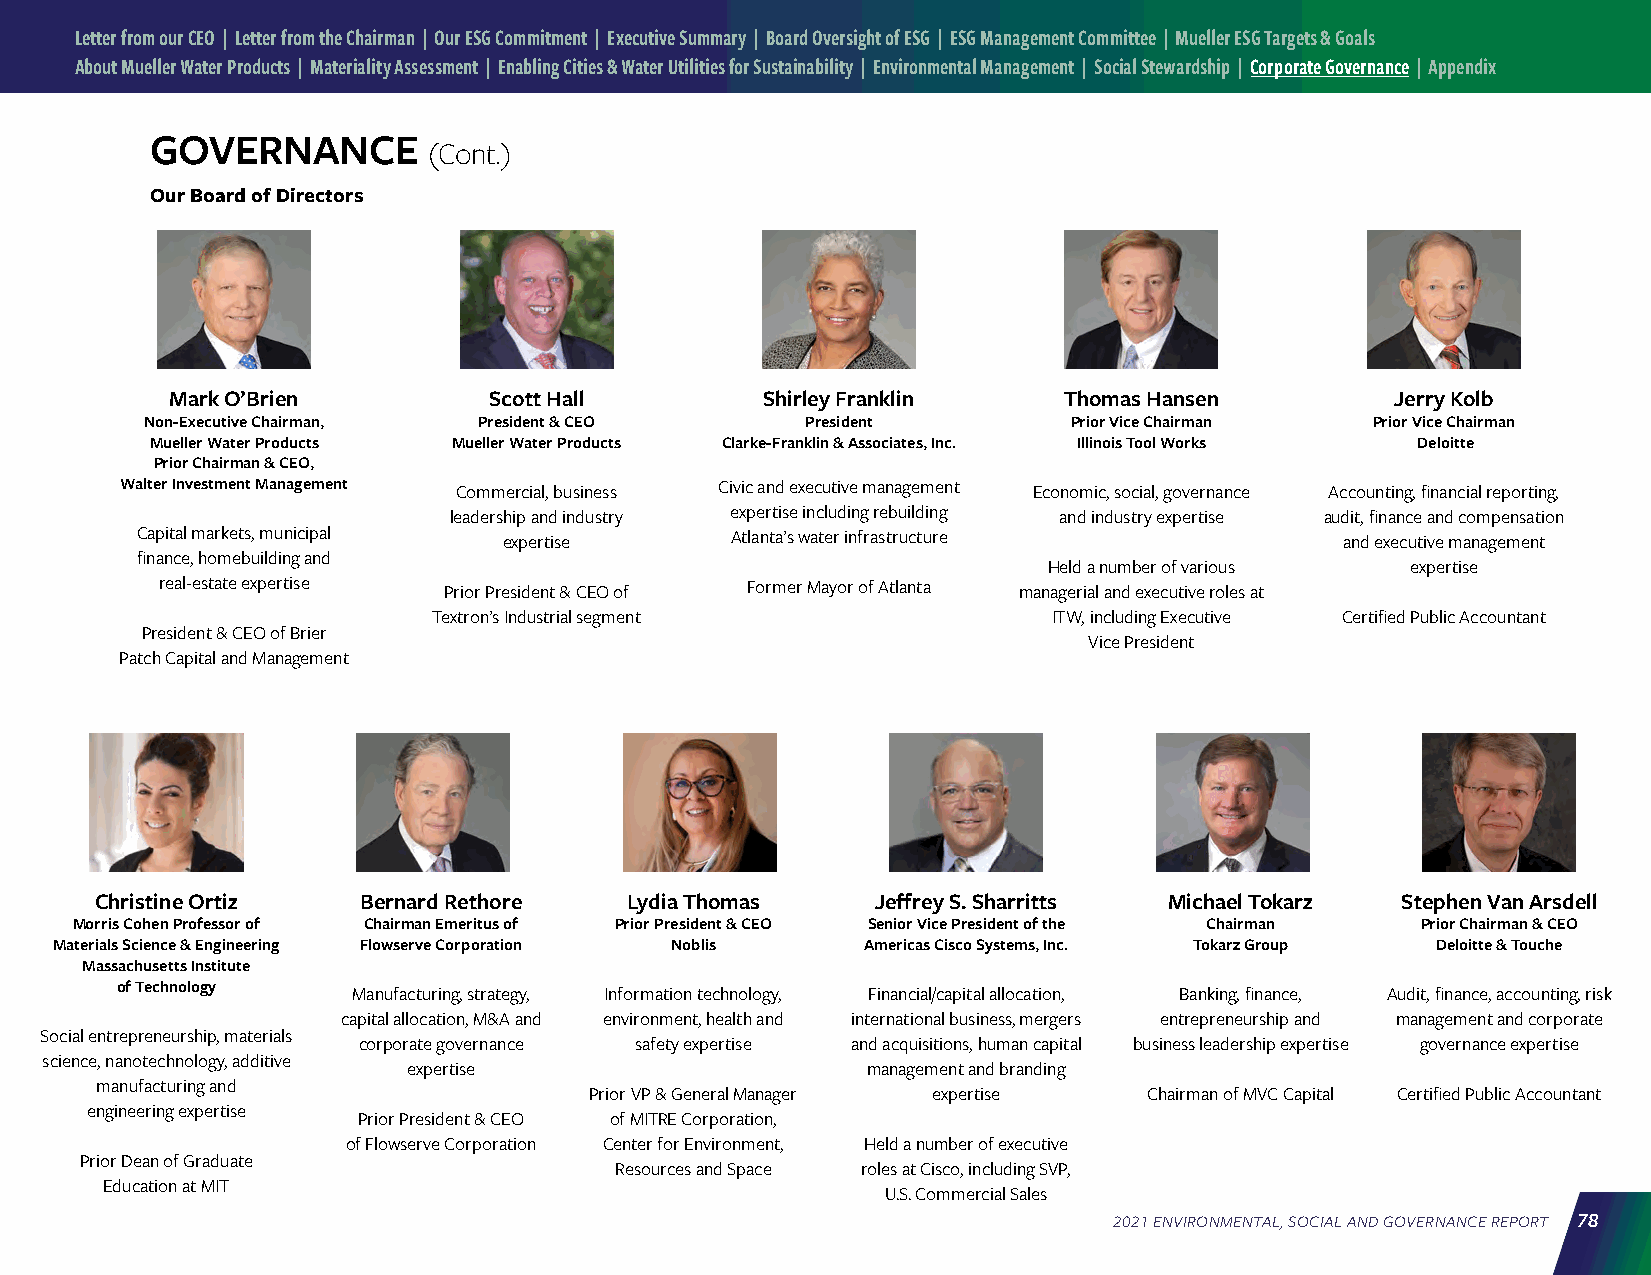
Letter from our CEO | Letter from the Chairman | Our ESG Commitment | Executive Summary | Board Oversight of ESG | ESG Management Committee | Mueller ESG Targets & Goals
 About Mueller Water Products | Materiality Assessment | Enabling Cities & Water Utilities for Sustainability | Environmental Management | Social Stewardship | Corporate Governance | Appendix
 GOVERNANCE
 (Cont.)
 Our Board of Directors
 Mark O’Brien         Scott Hall         Shirley Franklin   Thomas Hansen         Jerry Kolb
 Non-Executive Chairman, President & CEO    President         Prior Vice Chairman Prior Vice Chairman
 Mueller Water Products Mueller Water Products Clarke-Franklin & Associates, Inc. Illinois Tool Works Deloitte
 Prior Chairman & CEO,
 Walter Investment Management Commercial, business Civic and executive management Economic, social, governance Accounting, financial reporting,
 leadership and industry expertise including rebuilding and industry expertise audit, finance and compensation
 Capital markets, municipal expertise   Atlanta’s water infrastructure           and executive management
 finance, homebuilding and
 Held a number of various expertise
 real-estate expertise Prior President & CEO of Former Mayor of Atlanta managerial and executive roles at
 Textron’s Industrial segment             ITW, including Executive Certified Public Accountant
 President & CEO of Brier
 Vice President
 Patch Capital and Management
 Christine Ortiz   Bernard Rethore  Lydia Thomas     Jeffrey S. Sharritts Michael Tokarz Stephen Van Arsdell
 Morris Cohen Professor of Chairman Emeritus of Prior President & CEO Senior Vice President of the Chairman Prior Chairman & CEO
 Materials Science & Engineering Flowserve Corporation Noblis Americas Cisco Systems, Inc. Tokarz Group Deloitte & Touche
 Massachusetts Institute
 of Technology
 Manufacturing, strategy, Information technology, Financial/capital allocation, Banking, finance, Audit, finance, accounting, risk
 capital allocation, M&A and environment, health and international business, mergers entrepreneurship and management and corporate
 Social entrepreneurship, materials
 corporate governance safety expertise and acquisitions, human capital business leadership expertise governance expertise
 science, nanotechnology, additive
 expertise                     management and branding
 manufacturing and
 Prior VP & General Manager expertise Chairman of MVC Capital Certified Public Accountant
 engineering expertise
 Prior President & CEO of MITRE Corporation,
 of Flowserve Corporation Center for Environment, Held a number of executive
 Prior Dean of Graduate
 Resources and Space roles at Cisco, including SVP,
 Education at MIT
 U.S. Commercial Sales
 2021 ENVIRONMENTAL, SOCIAL AND GOVERNANCE REPORT 78